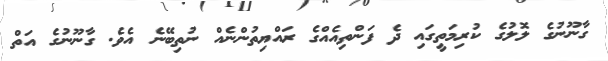
ގާނޫނުގެ ލޮލުގެ ކުރިމަތީގައި ދެ ފަންތިއެއްގެ ރައްޔިތުންނެއް ނުތިބޭނެ އެވެ. ގާނޫނުގެ އަތް